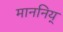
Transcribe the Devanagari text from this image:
माननिय्